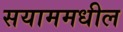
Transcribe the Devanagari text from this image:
सयाममधील